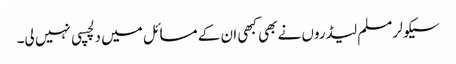
سیکولر مسلم لیڈروں نے بھی کبھی ان کے مسائل میں دلچسپی نہیں لی۔